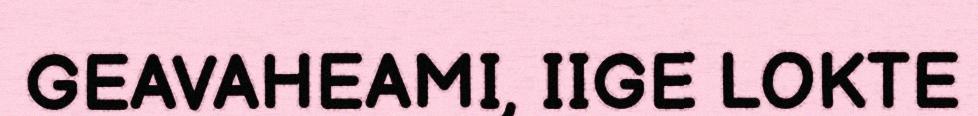
GEAVAHEAMI, IIGE LOKTE